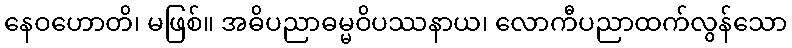
နေဝဟောတိ၊ မဖြစ်။ အဓိပညာဓမ္မဝိပဿနာယ၊ လောကီပညာထက်လွန်သော